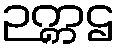
ဉက္ကဌ